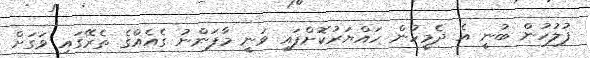
ފުލުހުން ބުނީ އެ ދެމީހުން ހައްޔަރުކޮށްފައި ވަނީ މާފަންނު ގެއެއްގެ ތެރޭގައި ވަގަށް